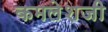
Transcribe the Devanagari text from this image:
कमलेशजी